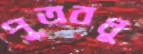
পুত্রবধূ